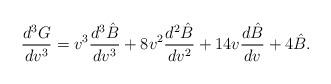
\begin{align*} \frac{d^3G}{dv^3}=v^3\frac{d^3\hat{B}}{dv^3}+8v^2\frac{d^2\hat{B}}{dv^2}+14v\frac{d\hat{B}}{dv}+4\hat{B}.\end{align*}